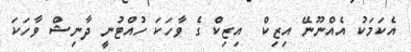
އެކަމަކު އެއްނޫނޭ އިޒިކް  އިޒިކް ގެ ވާހަކަ ހުއްޓުނީ ދާނިޝް ވާހަކަ